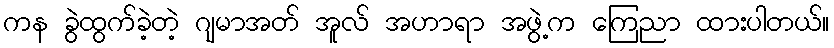
ကန ခွဲထွက်ခဲ့တဲ့ ဂျမာအတ် အူလ် အဟာရာ အဖွဲ့က ကြေညာ ထားပါတယ်။